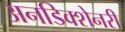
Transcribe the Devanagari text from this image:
अनडिक्शेनरी